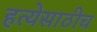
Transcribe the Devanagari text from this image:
हत्येसाठीच